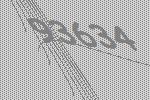
93634